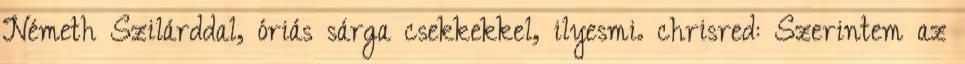
Németh Szilárddal, óriás sárga csekkekkel, ilyesmi. chrisred: Szerintem az